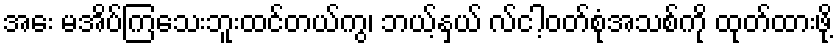
အေး မအိပ်ကြသေးဘူးထင်တယ်ကွ၊ ဘယ့်နှယ် လ်ငါ့ဝတ်စုံအသစ်ကို ထုတ်ထားဖို့